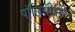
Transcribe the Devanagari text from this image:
पॉलिसीवरील